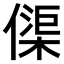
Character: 𠍲